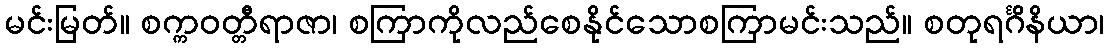
မင်းမြတ်။ စက္ကဝတ္တီရာဇာ၊ စကြာကိုလည်စေနိုင်သောစကြာမင်းသည်။ စတုရင်္ဂိနိယာ၊